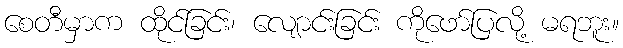
စေတီမှာက ထိုင်ခြင်း၊ လျောင်းခြင်း ကိုဖော်ပြလို့ မရဘူး။